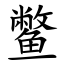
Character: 鳖